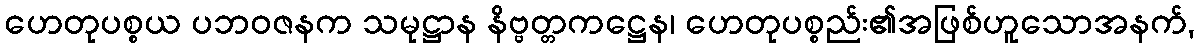
ဟေတုပစ္စယ ပဘဝဇနက သမုဋ္ဌာန နိဗ္ဗတ္တကဋ္ဌေန၊ ဟေတုပစ္စည်း၏အဖြစ်ဟူသောအနက်,